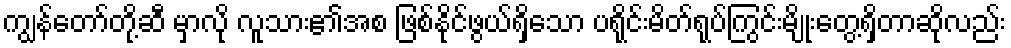
ကျွန်တော်တို့ဆီ မှာလို လူသား၏အစ ဖြစ်နိုင်ဖွယ်ရှိသော ပရိုင်းမိတ်ရုပ်ကြွင်းမျိုးတွေ့ရှိတာဆိုလည်း